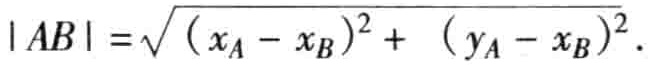
\(|AB| = \sqrt{(x_A - x_B)^2 + (y_A - x_B)^2}\)